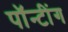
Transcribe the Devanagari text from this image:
पॉन्टींग